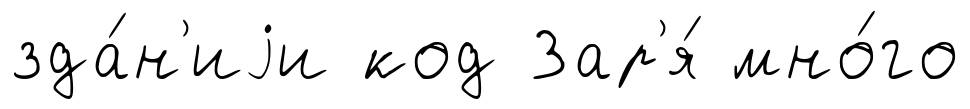
зда́н'иjи код Зар'я́ мно́го